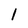
Character: 1